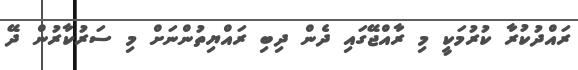
ރައްދުކުރާ ކުރުމަކީ މި ރާއްޖޭގައި ދެން ދިބި ރައްޔިތުންނަށް މި ސަރުކާރުން ދޭ